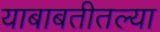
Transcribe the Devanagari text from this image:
याबाबतीतल्या